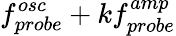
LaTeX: f_{probe}^{osc}+kf_{probe}^{amp}